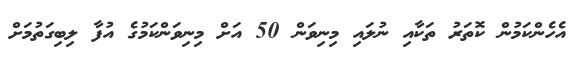
އެހެންކަމުން ކޮތަރު ތަކާއި ނުލައި މިނިވަން 50 އަށް މިނިވަންކަމުގެ އުފާ ލިބިގަތުމަށް